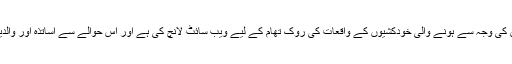
آسٹریلوی حکومت نے بچوں میں سماجی رابطوں کی سائٹس کی وجہ سے ہونے والی خودکشیوں کے واقعات کی روک تھام کے لیے ویب سائٹ لانچ کی ہے اور اس حوالے سے اساتذہ اور والدین کو بچوں کے رویوں پر نظریں رکھنے کے لیے کہا ہے۔